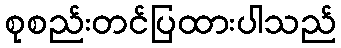
စုစည်းတင်ပြထားပါသည်